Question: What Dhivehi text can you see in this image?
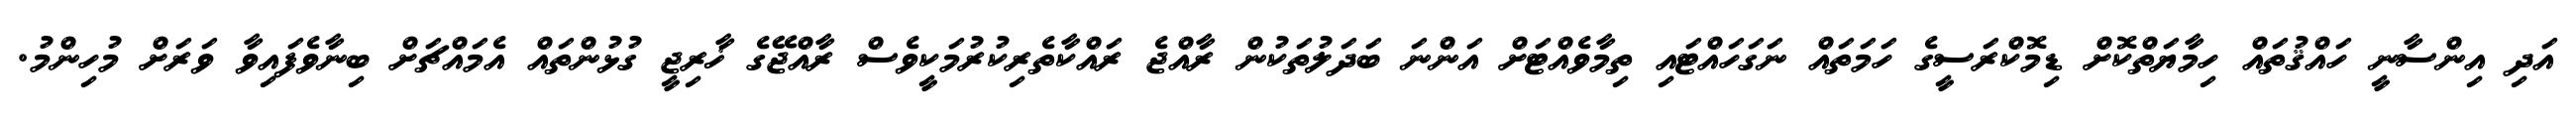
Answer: އަދި އިންސާނީ ހައްޤުތައް ހިމާޔަތްކޮށް ޑިމޮކްރަސީގެ ހަމަތައް ނަގަހައްޓައި ތިމާވެއްޓަށް އަންނަ ބަދަލުތަކުން ރާއްޖެ ރައްކާތެރިކުރުމަކީވެސް ރާއްޖޭގެ ޚާރިޖީ ގުޅުންތައް އެމައްޗަށް ބިނާވެފައިވާ ވަރަށް މުހިންމު.